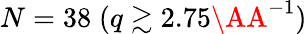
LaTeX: N=38\; (q\gtrsim 2.75\AA^{-1})